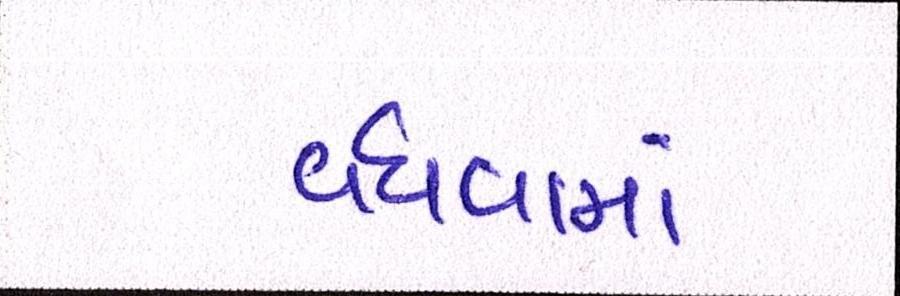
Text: વધવામાં